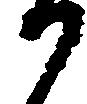
か